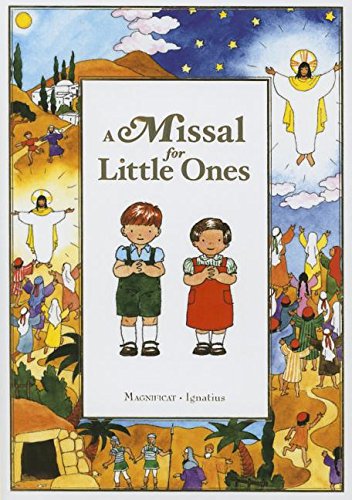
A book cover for A Missal for Little Ones; Joelle DEEabadie; Christian Books & Bibles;